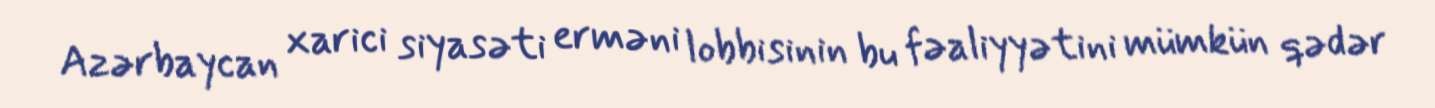
Azərbaycan xarici siyasəti erməni lobbisinin bu fəaliyyətini mümkün qədər